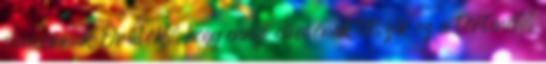
olvasómnak Örülök, hogy ennyi olvasónak tetszik ez a történet.